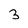
Character: 3